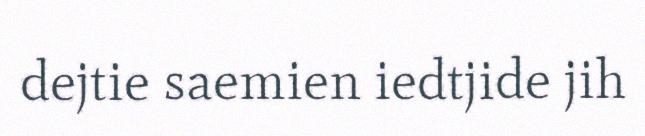
dejtie saemien iedtjide jih